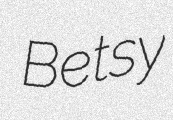
Betsy